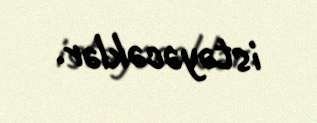
istəyəcəklər.